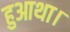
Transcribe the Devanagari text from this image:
हुआथा।